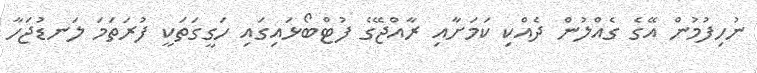
ނުހިފުމުން އޭގެ ގެއްލުން ދެއްކި ކަމަށާއި ރާއްޖޭގެ ފުޓްބޯޅައިގައި ހަގީގަތަކީ ފުރަތަމަ ލަނޑުޖަހާ